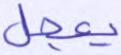
يعجل